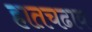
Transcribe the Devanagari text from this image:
हातचढाव